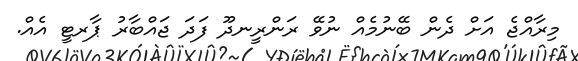
މިރާއްޖެ އަށް ދެން ބޭނުމެއް ނުވޭ ރަންރީނދޫ ފަދަ ޖައްބާރު ޕާރޓީ އެއް.